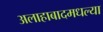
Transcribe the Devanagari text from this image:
अलाहाबादमधल्या